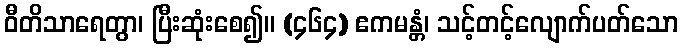
ဝီတိသာရေတွာ၊ ပြီးဆုံးစေ၍။ (၄၆၄) ဧကမန္တံ၊ သင့်တင့်လျောက်ပတ်သော